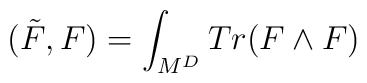
(\tilde{F}, F ) = \int_{M^{D}} Tr (F\wedge F)